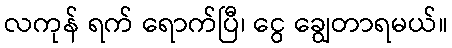
လကုန် ရက် ရောက်ပြီ၊ ငွေ ချွေတာရမယ်။